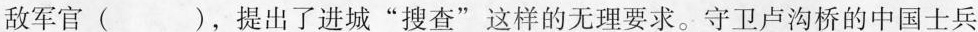
敌军官()，提出了进城”搜查”这样的无理要求。守卫卢沟桥的中国士兵